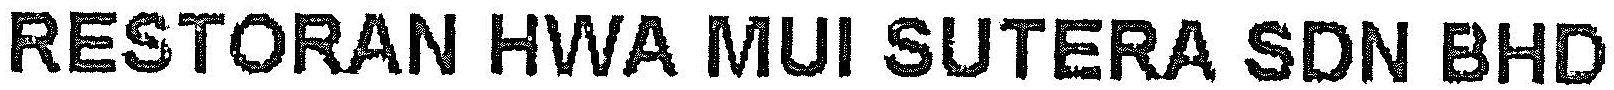
RESTORAN HWA MUI SUTERA SDN BHD